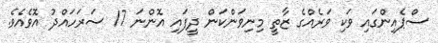
ސްޕެއިންގައި ވަކި ވަރެއްގެ ޒާތީ މިނިވަންކަން ދީފައި އޮންނަ 17 ސަރަހައްދު އޮވެއެވެ.